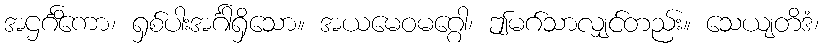
အဌင်္ဂိကော၊ ရှစ်ပါးအင်္ဂါရှိသော။ အယမေဝမဂ္ဂေါ၊ ဤမဂ်သာလျှင်တည်း။ သေယျတိဒံ၊